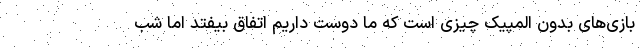
بازی‌های بدون المپیک چیزی است که ما دوست داریم اتفاق بیفتد اما شب